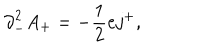
{ \partial } _ { - } ^ { 2 } A _ { + } = - \frac { 1 } { 2 } e j ^ { + } ,